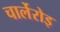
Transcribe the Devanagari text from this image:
चार्लेरोइ